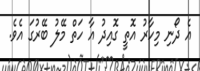
އެ ދޯނި މިހާރު އޮތީ ގޮއިދު އާ ހަތް މޭލު ބޭރުގަ އެވެ.